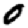
Digit: 0